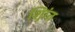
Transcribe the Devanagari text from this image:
शुिांत